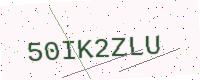
Text: 50IK2ZLU